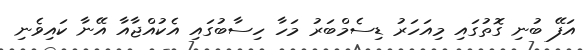
އަފޭ ބުނި ގޮތުގައި މިއަހަރު ޑިސެމްބަރު މަހާ ހިސާބުގައި އެކުއްޖާއާ އޭނާ ކައިވެނި